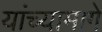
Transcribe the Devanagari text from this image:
यांच्यामागे